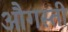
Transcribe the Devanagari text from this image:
औगस्ती